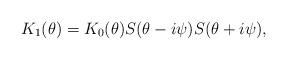
LaTeX: \begin{align*}K_1 (\theta )= K_0(\theta ) S(\theta - i\psi )S(\theta + i\psi),\end{align*}